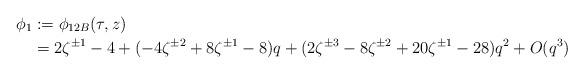
LaTeX: \begin{align*} \phi_1 &:= \phi_{12B}(\tau, z) \\ &= 2 \zeta^{\pm 1} -4 + (-4 \zeta^{\pm 2} + 8 \zeta^{\pm 1} - 8) q + (2 \zeta^{\pm 3} - 8 \zeta^{\pm 2} + 20 \zeta^{\pm 1} - 28)q^2 + O(q^3) \end{align*}